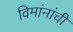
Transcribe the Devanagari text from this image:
विमांनांची